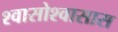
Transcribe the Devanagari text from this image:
श्वासोश्वासास